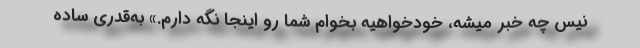
نیس چه خبر میشه، خودخواهیه بخوام شما رو اینجا نگه دارم.» به‌قدری ساده